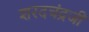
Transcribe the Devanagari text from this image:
शरदचंद्रजी